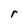
Character: r